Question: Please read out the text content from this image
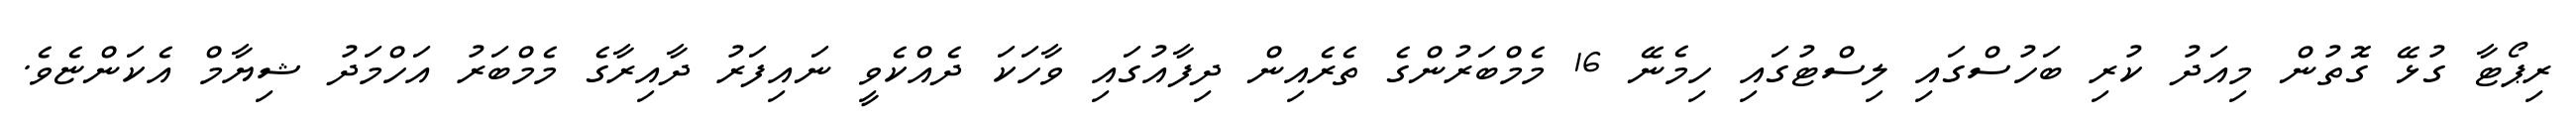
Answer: ރިޕޯޓާ ގުޅޭ ގޮތުން މިއަދު ކުރި ބަހުސްގައި ލިސްޓުގައި ހިމެނޭ 16 މެމްބަރުންގެ ތެރެއިން ދިފާއުގައި ވާހަކަ ދެއްކެވީ ނައިފަރު ދާއިރާގެ މެމްބަރު އަހްމަދު ޝިޔާމް އެކަންޏެވެ.